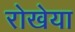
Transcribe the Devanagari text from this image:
रोखेया